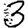
Digit: 3